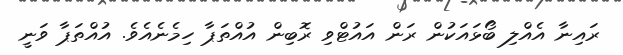
ރައިނާ އެއްލި ބޯޅައަކުން ރަން އައުޓްވި ރޮބިން އުއްތަޕާ ހިމެނެއެވެ. އުއްތަޕާ ވަނީ